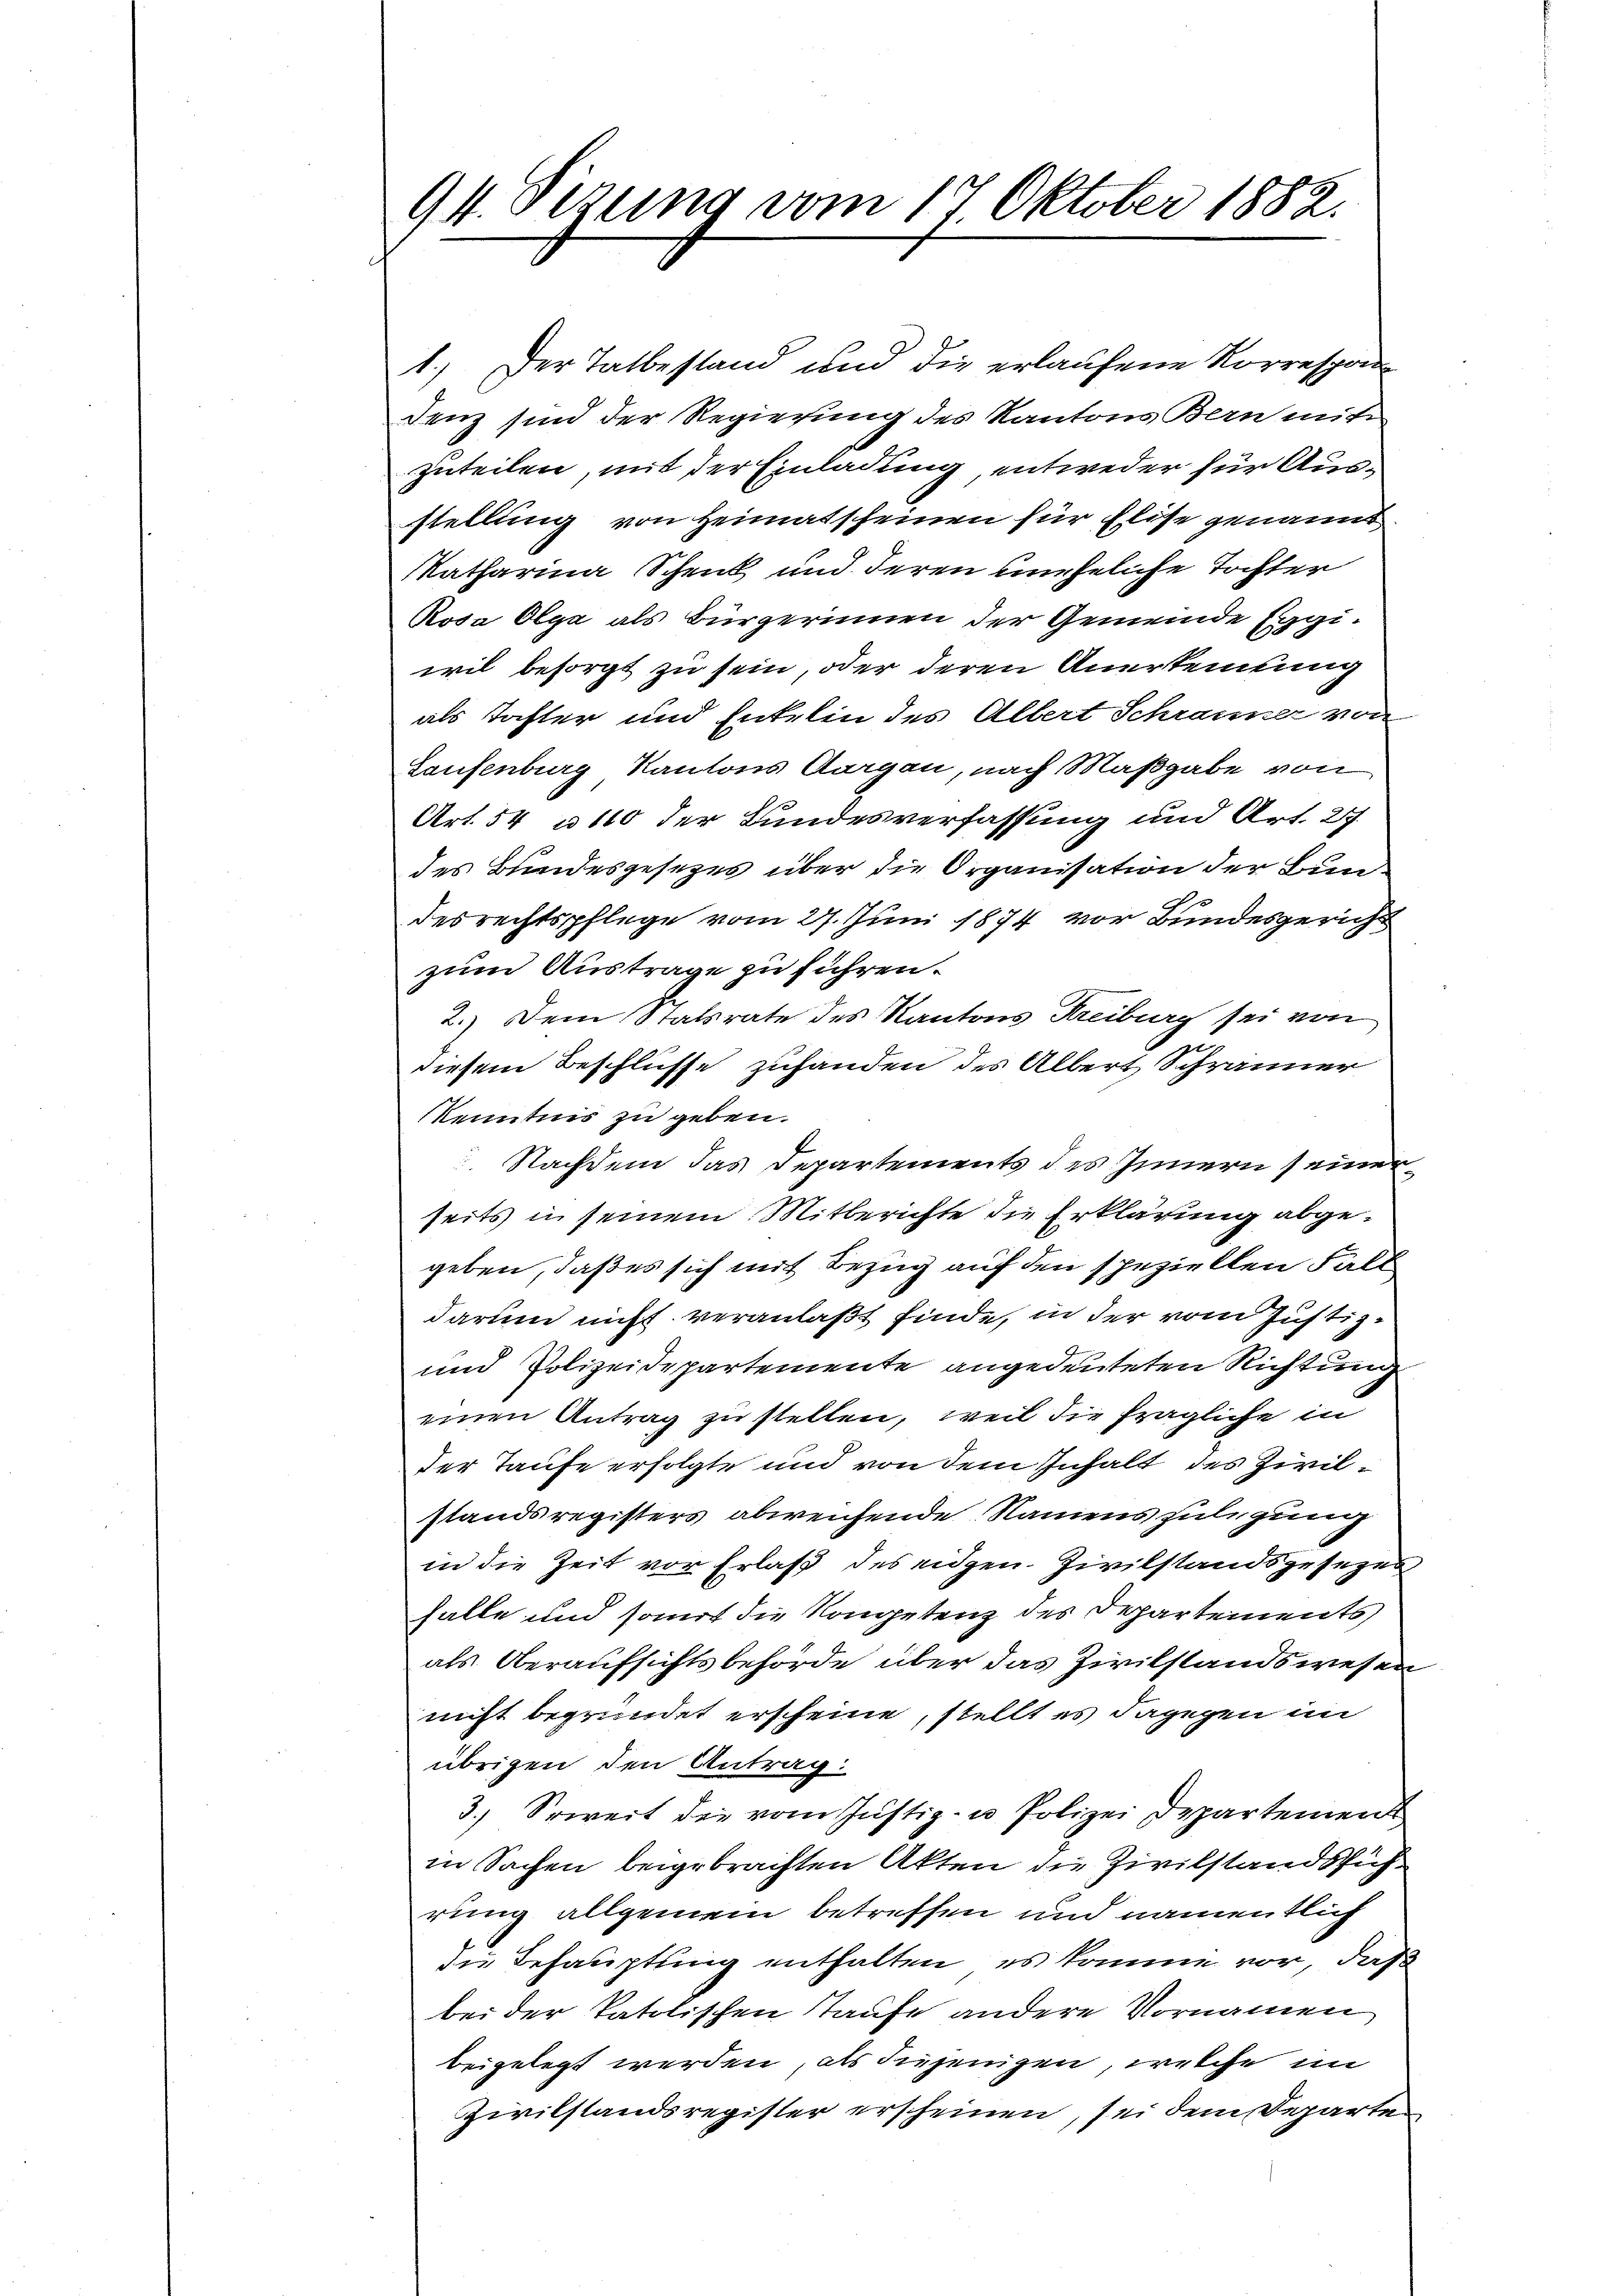
94. Sezung vom 17. Oktober 1882.

1.) Der Tatbestand und die erlaufene Korrespondenz sind der Regierung des Kantons Bern mit
zuteilen, mit der Einladung, entweder für Ausstellung von Heimatscheinen für Elise genannt
Katharina Schenk und deren uneheliche Tochter
Rosa Olga als Bürgerinnen der Gemeinde Eggiwil besorgt zu sein, oder deren Anerkennung
als Tochter und Entelin des Albert Schranner von
Laufenburg, Kantons Aargau, nach Maßgabe von
Art. 54 u. 110 der Bundesverfassung und Art. 27.
des Bundesgesetzes über die Organisation der Bundesrechtspflege vom 27. Juni 1874 vor Bundesgericht
zum Austrage zu führen.
2.) Dem Statsrate des Kantons Kreiburg sei von
diesem Beschlüsse zuhanden des Albert Schränner
kenntnis zu geben.
 Nachdem das Departements des Innern seiner
seits in seinem Mitberichte die Erklärung abgegeben, daß es sich mit Bezug auf den speziellen Fall
darum nicht veranlaßt finde, in der vom Justiz¬
und Polizeidepartemente angedeuteten Richtung
einen Antrag zu stellen, weil die fragliche in
der Taufe erfolgte und von dem Inhalt des Zivilstandsregisters abweichende Namens zulegung
in die Zeit vor Erlaß des eidgen. Zivilstandsgesezes
halle und somit die Kompetenz des Departements
als Oberaufsichtsbehörde über das Zivilstandswesen
nicht begründet erscheine, stellt es dagegen im
übrigen den Antrag.
3.) Soweit die vom Justiz- u. Polizei Departement
in Sachen beigebrachten Akten die Zivilstandssich
rung allgemein betreffen und namentlich
die Behauptung enthalten, es komme vor, daß
bei der Patolischen Taufe andere Vornamen
beigelegt werden, als diejenigen, welche im
Zivilstandsregister erscheinen, sei dem Departen